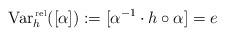
LaTeX: \begin{align*}\mbox{Var}^{\, \mbox{\tiny rel}}_h([\alpha]):=[\alpha^{-1}\cdot h\circ\alpha]=e\end{align*}